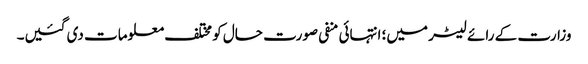
وزارت کے رائے لیٹر میں؛ انتہائی منفی صورت حال کو مختلف معلومات دی گئیں۔